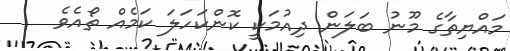
މައްޔިތާގެ މޫނު ބަލަން ދިއުމަކީ ކޮންކަހަލަ ކަމެއް ތޯއެވެ